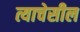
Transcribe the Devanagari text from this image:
त्याचेसील